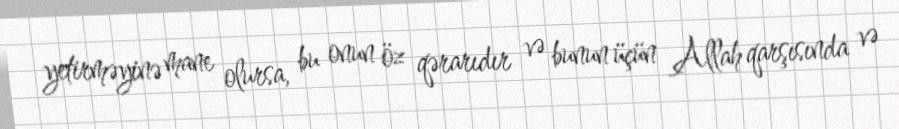
yetirməyinə mane olursa, bu onun öz qərarıdır və bunun üçün Allah qarşısında və